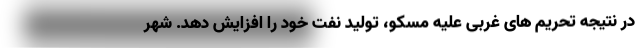
در نتیجه تحریم های غربی علیه مسکو، تولید نفت خود را افزایش دهد. شهر